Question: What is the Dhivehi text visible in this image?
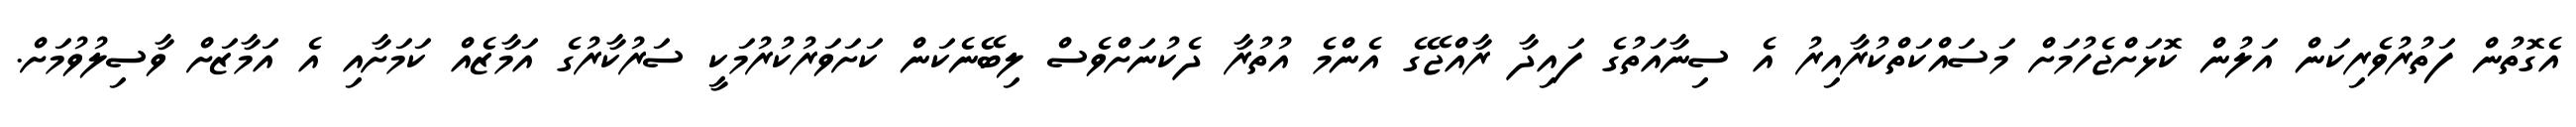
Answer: އެގޮތުން ފަތުރުވެރިކަން އަލުން ކޮޅަށްޖެހުމަށް މަސައްކަތްކުރާއިރު އެ ސިނާއަތުގެ ފައިދާ ރާއްޖޭގެ އެންމެ އުތުރާ ދެކުނަށްވެސް ލިބޭނެކަން ކަށަވަރުކުރުމަކީ ސަރުކާރުގެ އަމާޒެއް ކަމަށާއި އެ އަމާޒަށް ވާސިލުވުމަށް.